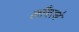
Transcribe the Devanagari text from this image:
लाँचरने